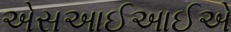
એસઆઈઆઈએ